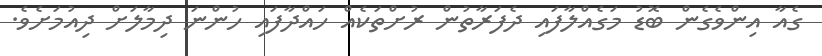
ގެއާ އިންވެގެން ބޮޑު މަގެއްލާފައި ދެފަރާތުން ރުށްތަކެއް ހައްދާފައި ހުންނަ ދިމާލަށް ދިއުމަށެވެ.